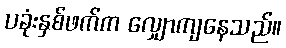
ပခုံးနှစ်ဖက်က လျှောကျနေသည်။